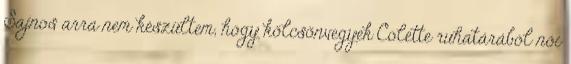
Sajnos arra nem készültem, hogy kölcsönvegyek Colette ruhatárából női